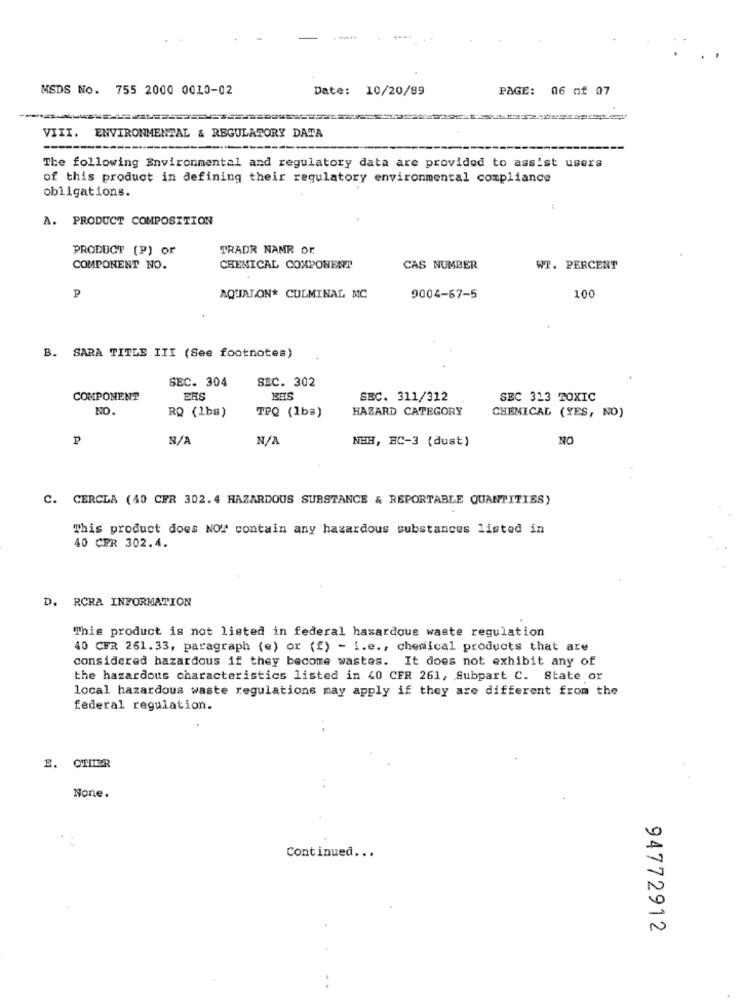
MSDS No. 755 2000 0010-02
Date:
10/20/99
PAGE:
06 of 07
VIII.
ENVIRONMENTAL & REGULATORY DATA
The following Environmental and regulatory data are provided to assist users
of this product in defining their regulatory environmental compliance
obligations.
A. PRODUCT COMPOSITION
PRODUCT (P) or
TRADR NAMR or
COMPONENT NO.
CHENICAL COMPONENT
CAS NUMBER
WT. PERCENT
P
AQUIALON* CULMINAL MC
9004-67-5
100
B. SARA TITLE III (See footnotes)
SEC. 304
SEC. 302
COMPONENT
ERS
SEC. 311/312
SEC 313 TOXIC
NO
HAZARD CATEGORY
RQ (1bs)
TPQ (1b=)
CHEMICAL (YES, NO)
P
NEH, BC-3 (dust)
NO
C. CERCLA (40 CFR 302. 4 HAZARDOUS SUBSTANCE & REPORTABLE QUANTITIES)
This product does NOT contain any hazardous substances listed in
40 CFR 302.4.
D. RCRA INFORMATION
This product is not listed in federal hazardous waste regulation
40 CFR 261.33, paragraph (e) or (f) - i.e ., chemical products that are
considered hazardous if they become wastes. It does not exhibit any of
the hazardous characteristics listed in 40 CFR 261, Subpart C. State or
local hazardous waste regulations may apply if they are different from the
federal regulation.
E. OTILER
None.
Continued ...
94772912